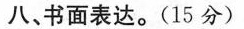
八、书面表达。(15 分)